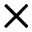
\times